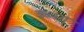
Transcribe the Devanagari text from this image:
इब्‍सा